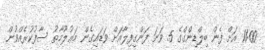
11:00 އަށް ފެން ބިލްޑިންގްގެ 5 ވަނަ ފަންގިފިލާއަށް ވަޑައިގެން މަޢުލޫމާތު ސާފުކުރެއްވުން